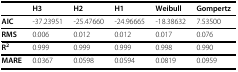
<table><thead><tr><td></td><td><b>H3</b></td><td><b>H2</b></td><td><b>H1</b></td><td><b>Weibull</b></td><td><b>Gompertz</b></td></tr></thead><tbody><tr><td><b>AIC</b></td><td>-37.23951</td><td>-25.47660</td><td>-24.96665</td><td>-18.38632</td><td>7.53500</td></tr><tr><td><b>RMS</b></td><td>0.006</td><td>0.012</td><td>0.012</td><td>0.017</td><td>0.076</td></tr><tr><td><b>R</b><sup><b>2</b></sup></td><td>0.999</td><td>0.999</td><td>0.999</td><td>0.998</td><td>0.990</td></tr><tr><td><b>MARE</b></td><td>0.0367</td><td>0.0598</td><td>0.0594</td><td>0.0819</td><td>0.0959</td></tr></tbody></table>